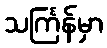
သင်္ကြန်မှာ